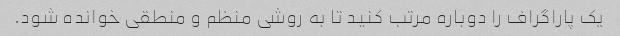
یک پاراگراف را دوباره مرتب کنید تا به روشی منظم و منطقی خوانده شود.